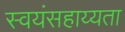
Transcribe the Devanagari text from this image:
स्वयंसहाय्यता